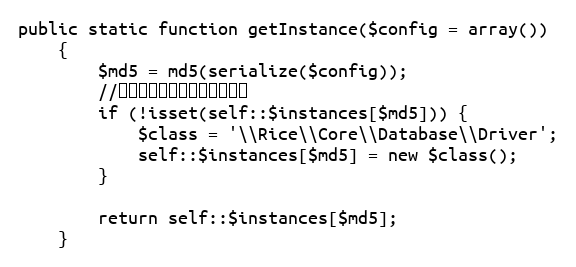
Language: PHP
public static function getInstance($config = array())
    {
        $md5 = md5(serialize($config));
        //判断是否存在数据库实例对象
        if (!isset(self::$instances[$md5])) {
            $class = '\\Rice\\Core\\Database\\Driver';
            self::$instances[$md5] = new $class();
        }

        return self::$instances[$md5];
    }